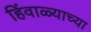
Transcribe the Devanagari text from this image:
हिंवाळ्याच्या